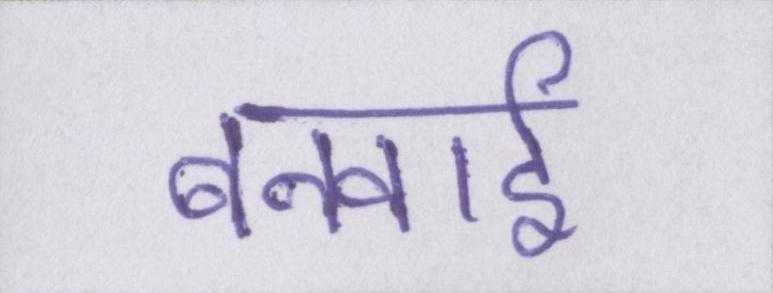
बनवाई